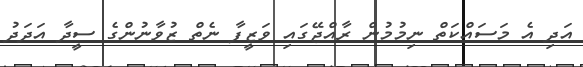
އަދި އެ މަސައްކަތް ނިމުމުން ރާއްޖޭގައި ވަޒީފާ ނެތް ޒުވާނުންގެ ސީދާ އަދަދު